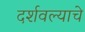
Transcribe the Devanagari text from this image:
दर्शवल्याचे